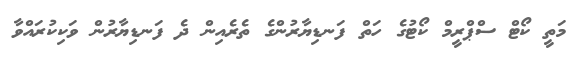
މަތީ ކޯޓް ސްޕްރީމް ކޯޓުގެ ހަތް ފަނޑިޔާރުންގެ ތެރެއިން ދެ ފަނޑިޔާރުން ވަކިކުރައްވާ